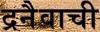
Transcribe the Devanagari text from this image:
द्रनैवाची